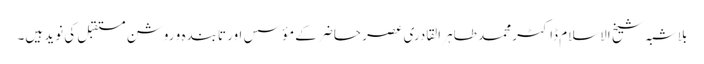
بلا شبہ شیخ الاسلام ڈاکٹر محمد طاہر القادری عصر حاضر کے مؤسس اور تابندہ و روشن مستقبل کی نوید ہیں۔